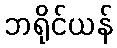
ဘရိုင်ယန်